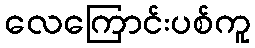
လေကြောင်းပစ်ကူ